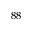
^ { 8 8 }